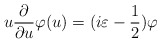
\begin{align*}u\frac{\partial }{\partial u}\varphi (u)=(i\varepsilon -\frac{1}{2})\varphi\end{align*}